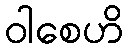
ဝါစေဟိ